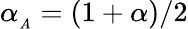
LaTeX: \alpha_{_A}=\left(1+\alpha\right)/2